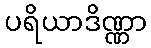
ပရိယာဒိဏ္ဏာ